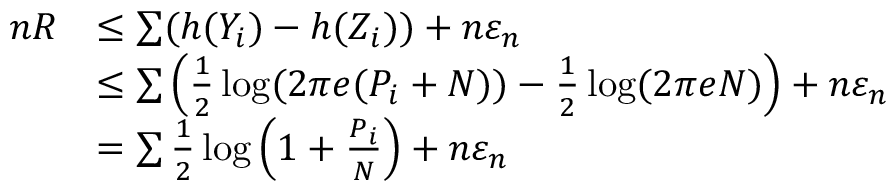
{ \begin{array} { r l } { n R } & { \leq \sum ( h ( Y _ { i } ) - h ( Z _ { i } ) ) + n \varepsilon _ { n } } \\ & { \leq \sum \left( { \frac { 1 } { 2 } } \log ( 2 \pi e ( P _ { i } + N ) ) - { \frac { 1 } { 2 } } \log ( 2 \pi e N ) \right) + n \varepsilon _ { n } } \\ & { = \sum { \frac { 1 } { 2 } } \log \left( 1 + { \frac { P _ { i } } { N } } \right) + n \varepsilon _ { n } } \end{array} }